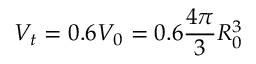
V _ { t } = 0 . 6 V _ { 0 } = 0 . 6 \frac { 4 \pi } { 3 } R _ { 0 } ^ { 3 }